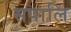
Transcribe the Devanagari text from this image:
सपालि